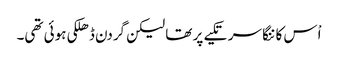
اْس کا ننگا سر تکیے پر تھا لیکن گردن ڈھلکی ہوئی تھی۔